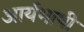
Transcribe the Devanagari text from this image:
आर्यभाषी